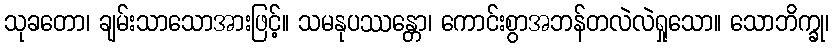
သုခတော၊ ချမ်းသာသောအားဖြင့်။ သမနုပဿန္တော၊ ကောင်းစွာအဘန်တလဲလဲရှုသော။ သောဘိက္ခု၊